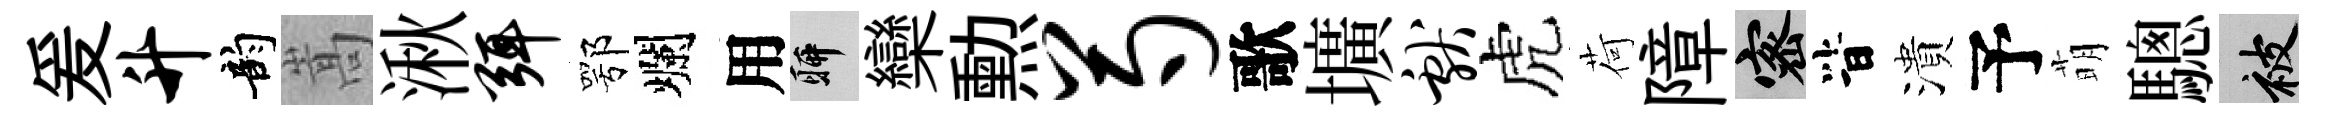
爰升韵嵩湫弭鄂爛用聊欒勲芍歌壙献虎荷障密𣅜潰予萌驄被